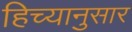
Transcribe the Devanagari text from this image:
हिच्यानुसार